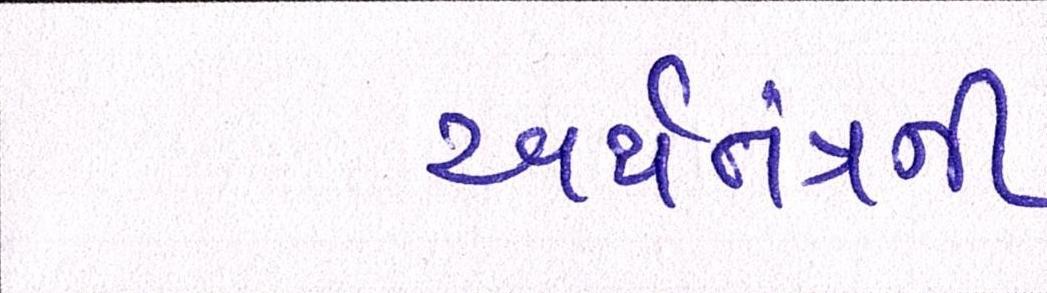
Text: અર્થતંત્રની